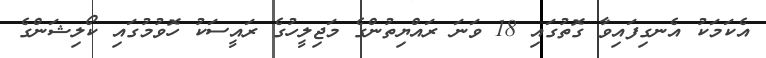
އެކަމަކު އެނގިފައިވާ ގޮތުގައި 18 ވަނަ ރައްޔިތުންގެ މަޖިލީހުގެ ރައީސަކު ހޮވުމުގައި ކޯލިޝަންގެ